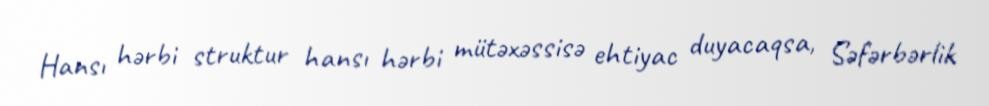
Hansı hərbi struktur hansı hərbi mütəxəssisə ehtiyac duyacaqsa, Səfərbərlik